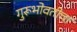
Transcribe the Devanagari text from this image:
गुरूभोवतीचा